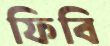
ফিবি